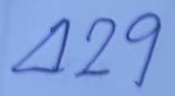
429